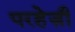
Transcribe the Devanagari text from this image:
परहेज़ी